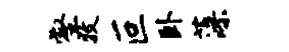
壑牧叵卧藻